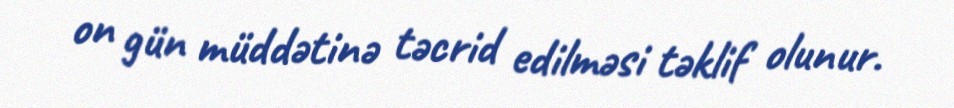
on gün müddətinə təcrid edilməsi təklif olunur.